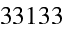
3 3 1 3 3